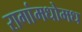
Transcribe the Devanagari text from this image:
रागांमधोमध